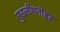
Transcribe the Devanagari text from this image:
मुरलीमनोहर